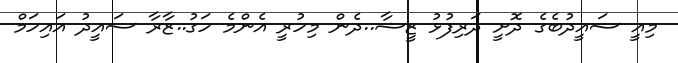
މިއީ ސައީދުބެގެ ދޮށީ ދަރިފުޅު ޒީޝާ..ދެން މިހުރީ އެންމެ ހަގު..ޒާރާ ސައީދު އައިހަމް